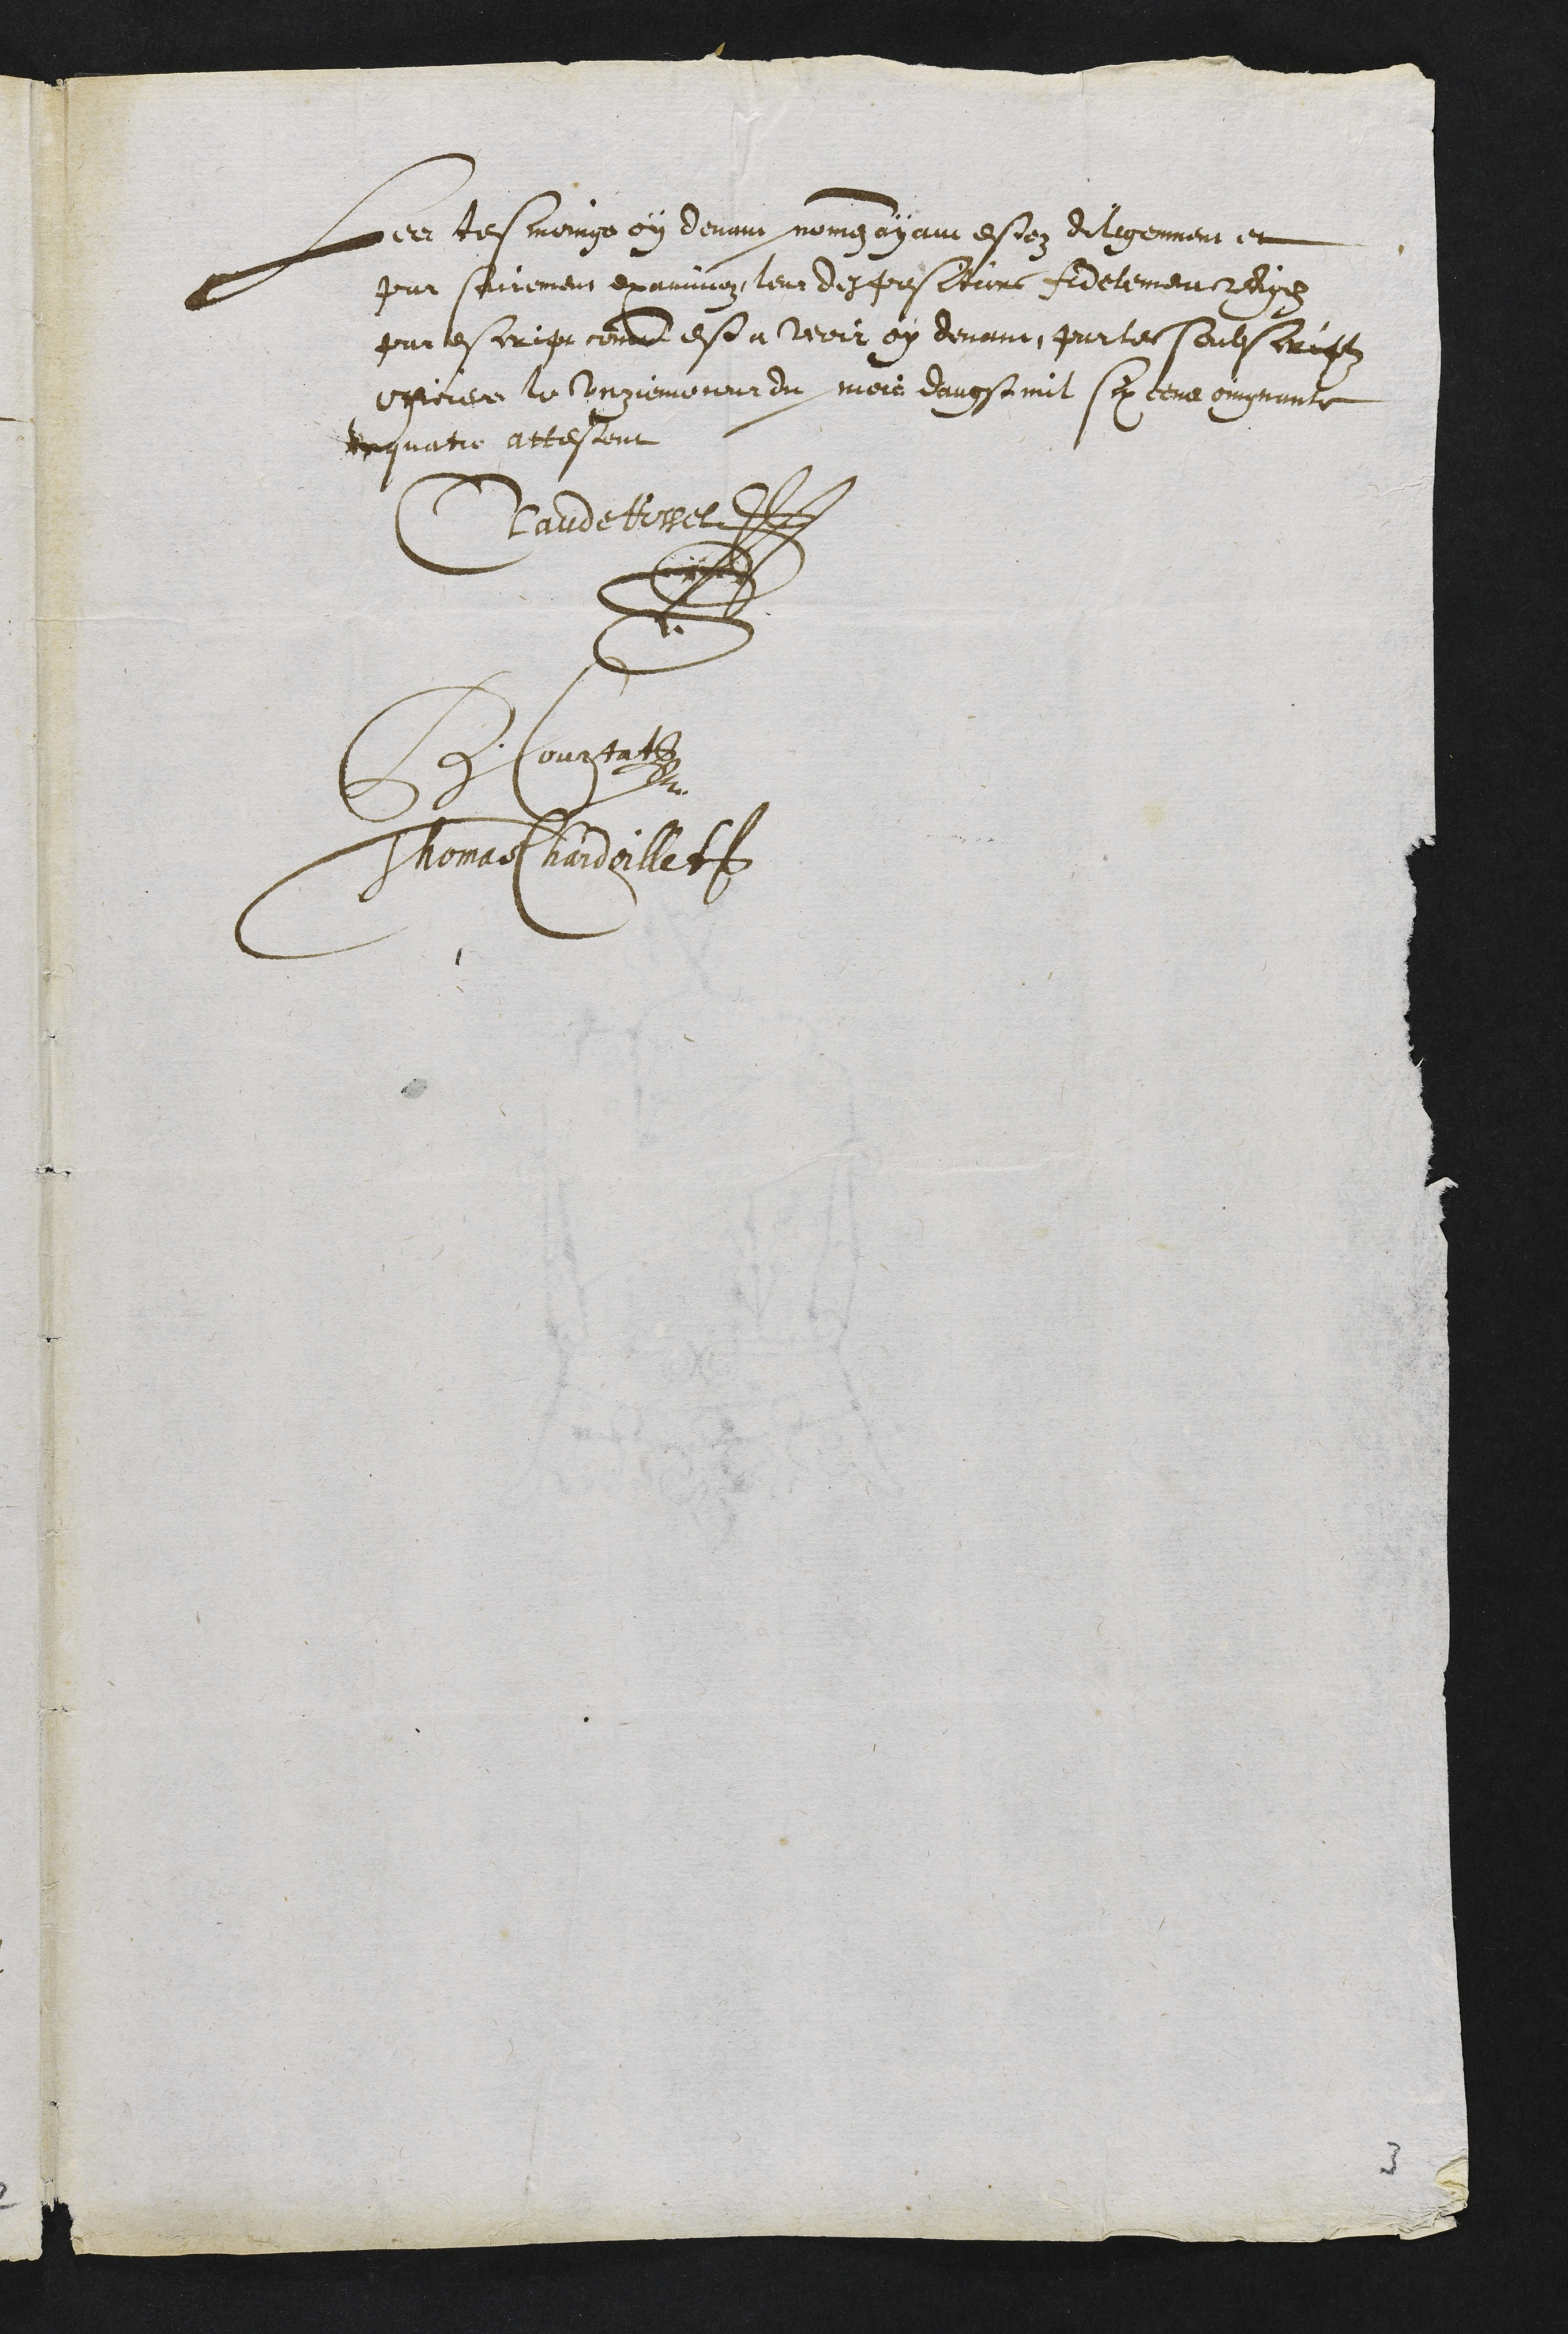
Les tesmoings cy devant nommez ayant estez diligemment et
par sairement examinez, leur despositions fidelement redigez
par escript comment est a veoir cy devant, par les soubscriptz
officiers le unzieme iour du mois d’augst mil six cent cinquante
quatre attestent
Claude Rossel
B. Courtat
Thomas Chardoillet